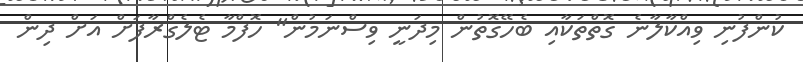
ކުންފުނި ވިއްކާލާނެ ގޮތްތަކާއި ބެހޭގޮތުން މިދަނީ ވިސްނަމުން" ހޮފްމާ ޓެލެގްރާފަށް އަށް ދިން